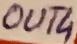
Text: OUT4